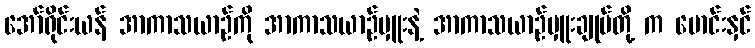
အော်ရိုင်းယန် အာကာသယာဉ်ကို အာကာသယာဉ်မှူးနဲ့ အာကာသယာဉ်မှူးချုပ်တို့ က မောင်းနှင်